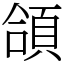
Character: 頜